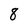
Character: 8